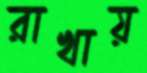
রাখায়